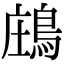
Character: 𪁈